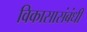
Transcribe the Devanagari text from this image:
विकासासंबंधी